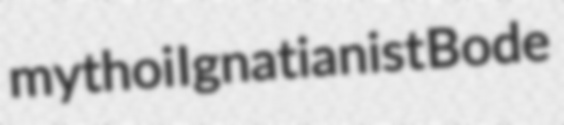
mythoi Ignatianist Bode